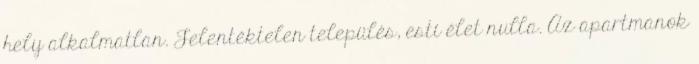
hely alkalmatlan. Jelentéktelen település, esti élet nulla. Az apartmanok